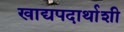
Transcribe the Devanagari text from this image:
खाद्यपदार्थाशी